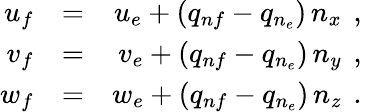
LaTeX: \begin{array}{rlr}{{u_{f}}}&{{}{=}}&{{u_{e}+(q_{nf}-q_{n_{e}})\, n_{x}\, \mathrm{~,~}}}\\ {{v_{f}}}&{{}{=}}&{{v_{e}+(q_{nf}-q_{n_{e}})\, n_{y}\, \mathrm{~,~}}}\\ {{w_{f}}}&{{}{=}}&{{w_{e}+(q_{nf}-q_{n_{e}})\, n_{z}\, \mathrm{~.~}}}\end{array}